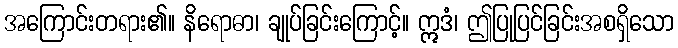
အကြောင်းတရား၏။ နိရောဓာ၊ ချုပ်ခြင်းကြောင့်။ ဣဒံ၊ ဤပြုပြင်ခြင်းအစရှိသော